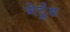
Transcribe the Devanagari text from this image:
गेर्ट्रुड